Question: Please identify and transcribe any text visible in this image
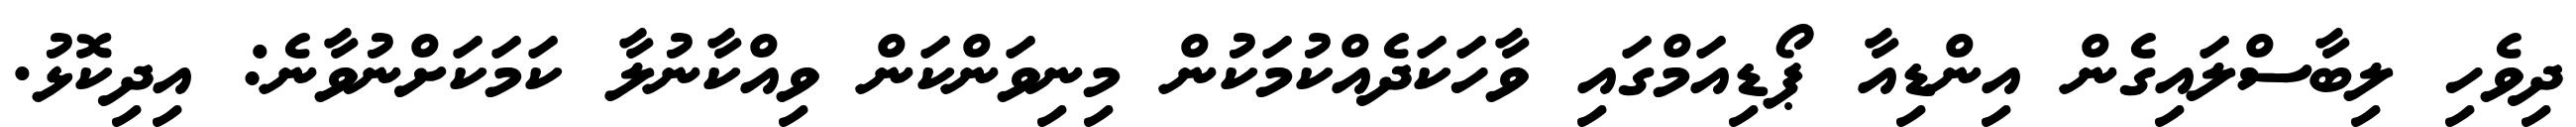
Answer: ދިވެހި ލިބާސްލައިގެން އިންޑިއާ ޕޯޑިއަމްގައި ވާހަކަދެއްކުމަކުން މިނިވަންކަން ވިއްކާނުލާ ކަމަކަށްނުވާނެ: އިދިކޮޅު.